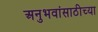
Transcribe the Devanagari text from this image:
अनुभवांसाठीच्या